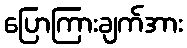
ပြောကြားချက်အား